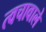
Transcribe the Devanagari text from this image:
त्वचावाले